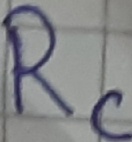
Text: Rc